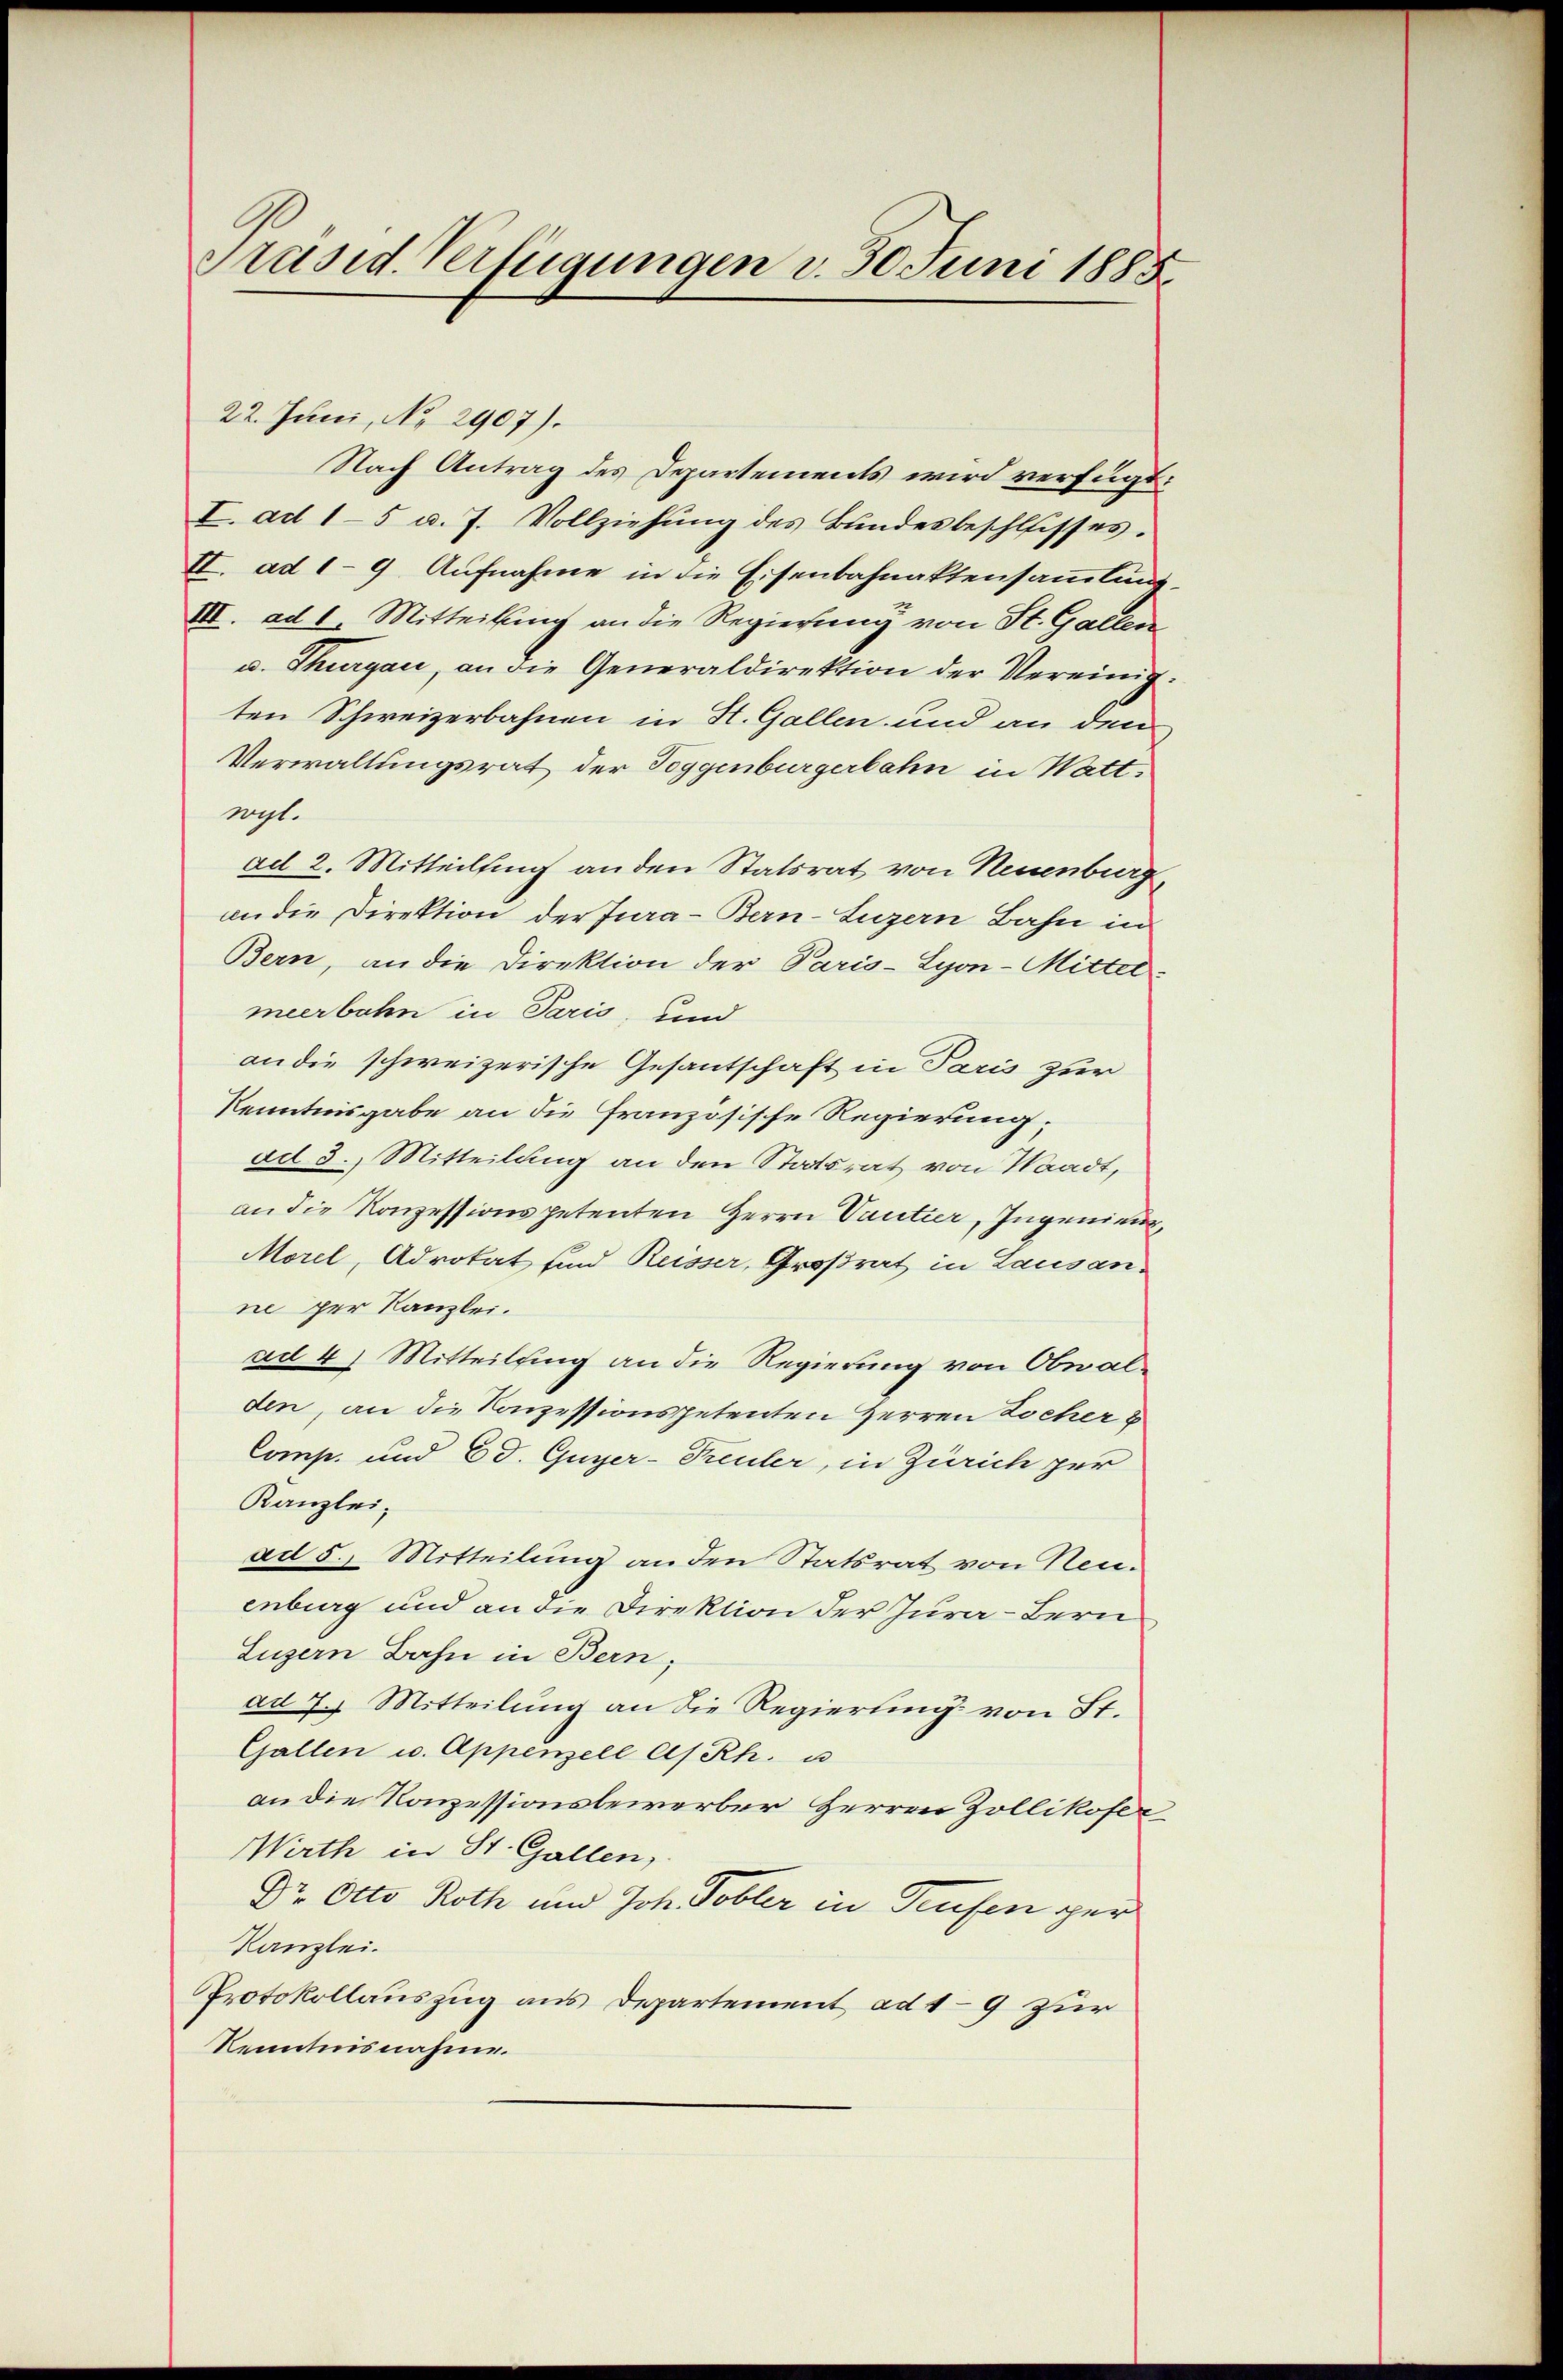
Präsid. Verfügungen d. 30. Juni 1885.

22. Juni, No 2907).
Nach Antrag des Departements wird verfügt:
I. ad 15 u. 7. Vollziehŭng des Bŭndesbeschlisses.
II. ad 19. Aufnahme in die Eisenbahnaktensammlung.
III. ad 1. Mitteilung an die Regierung von St. Gallen
u. Thurgau, an die Generaldirektion der Vereinigten Schweizerbahnen in H. Gallen und an den
Verwaltungsrat der Toggenburgerbahn in Wattrgt.
ad 2. Mitteilung an den Statsrat von Neuenburg,
an die Direktion der Jura - Bern-Luzern Bahn in
Bern, an die Direktion der Paris-Syon-Mitter
meerbahn in Paris, und
an die schweizerische Gesantschaft in Paris zur
Kenntnisgabe an die französische Regierung,
ad 3. Mitteilung an den Statsrat von Waadt,
an die Konzessionspetenten Herrn Cautier, Ingenieur,
Morel, Advokat und Reisser, Großrat in Lausan
ne per Kanzlei.
ad 4) Mitteilung an die Regierung von Oberalden, an die Konzessionspetenten Herren Locher
Comp. und Ed. Guyer-Treuler, in Zürich per
Kanzlei-
ad 5. Mitteilung an den Statsrat von Neuenberg und an die Direktion der Jura - Bern
Luzern Bahn in Bern,
ad 7. Mitteilung an die Regierung von St.
Gallen u. Appenzell As Rh. u
an die Konzessionsbewerber Herren Zollikofer
Wirth in St. Gallen,
Dr. Otto Roth und Joh. Tobler in Teufen ger
Kanzlei.
Protokollauszug aus Departement ad 19 zur
Kenntnisnahme.